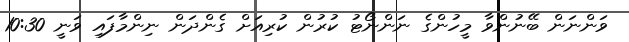
ވަންނަން ބޭނުންވާ މީހުންގެ ނަންނޯޓު ކުރުން ކުރިއަށް ގެންދަން ނިންމާފައި ވަނީ 10:30